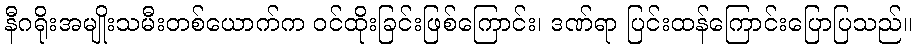
နီဂရိုးအမျိုးသမီးတစ်ယောက်က ဝင်ထိုးခြင်းဖြစ်ကြောင်း၊ ဒဏ်ရာ ပြင်းထန်ကြောင်းပြောပြသည်။